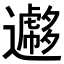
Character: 𨘮